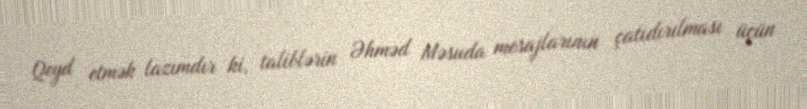
Qeyd etmək lazımdır ki, taliblərin Əhməd Məsuda mesajlarının çatıdırılması üçün